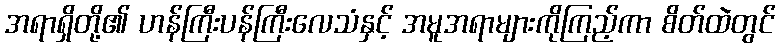
အရာရှိတို့၏ ဟန်ကြီးပန်ကြီးလေသံနှင့် အမူအရာများကိုကြည့်ကာ စိတ်ထဲတွင်